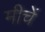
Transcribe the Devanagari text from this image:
मीचें